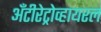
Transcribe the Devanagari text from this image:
अँटीरेट्रोव्हायरल